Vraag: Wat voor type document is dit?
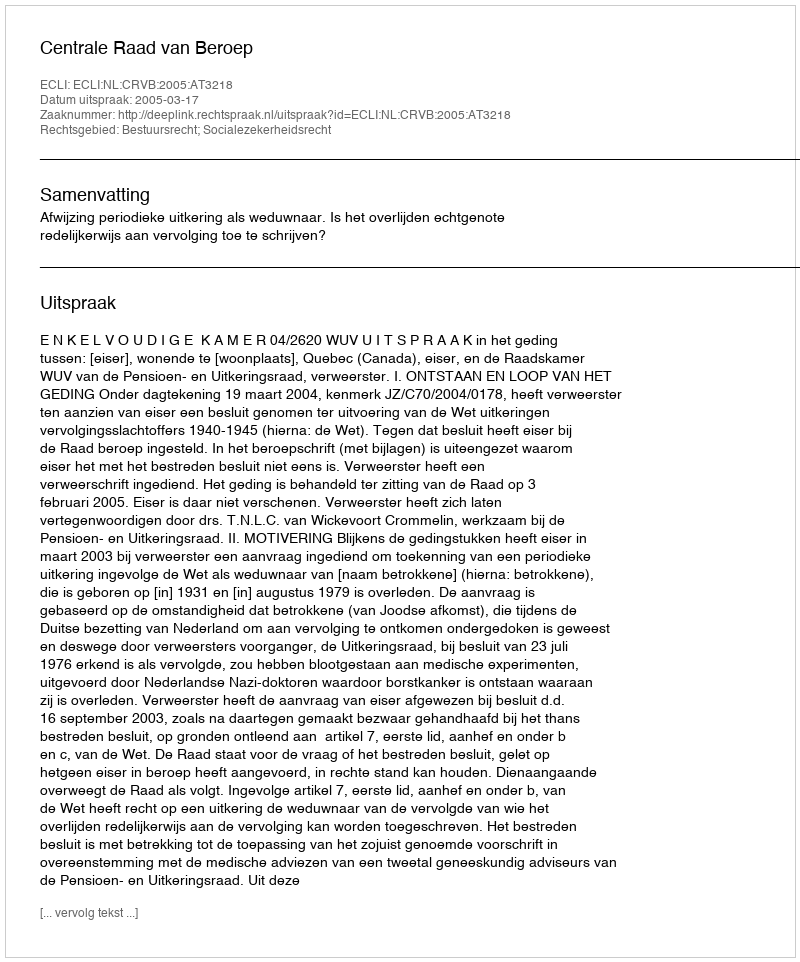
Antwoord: Uitspraak